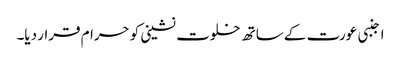
اجنبی عورت کے ساتھ خلوت نشینی کو حرام قرار دیا۔